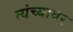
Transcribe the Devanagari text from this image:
त्यंच्यावर